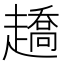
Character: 趫